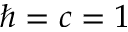
\hbar = c = 1